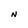
Character: N